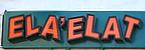
ela'elat